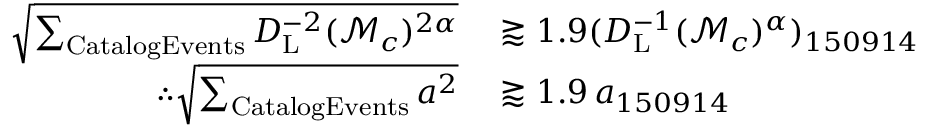
\begin{array} { r l } { \sqrt { \sum _ { \mathrm { { C a t a l o g E v e n t s } } } D _ { \mathrm { { L } } } ^ { - 2 } ( \mathcal { M } _ { c } ) ^ { 2 \alpha } } } & { { } \gtrapprox 1 . 9 ( D _ { \mathrm { { L } } } ^ { - 1 } ( \mathcal { M } _ { c } ) ^ { \alpha } ) _ { 1 5 0 9 1 4 } } \\ { \therefore \sqrt { \sum _ { \mathrm { { C a t a l o g E v e n t s } } } a ^ { 2 } } } & { { } \gtrapprox 1 . 9 \, a _ { 1 5 0 9 1 4 } } \end{array}